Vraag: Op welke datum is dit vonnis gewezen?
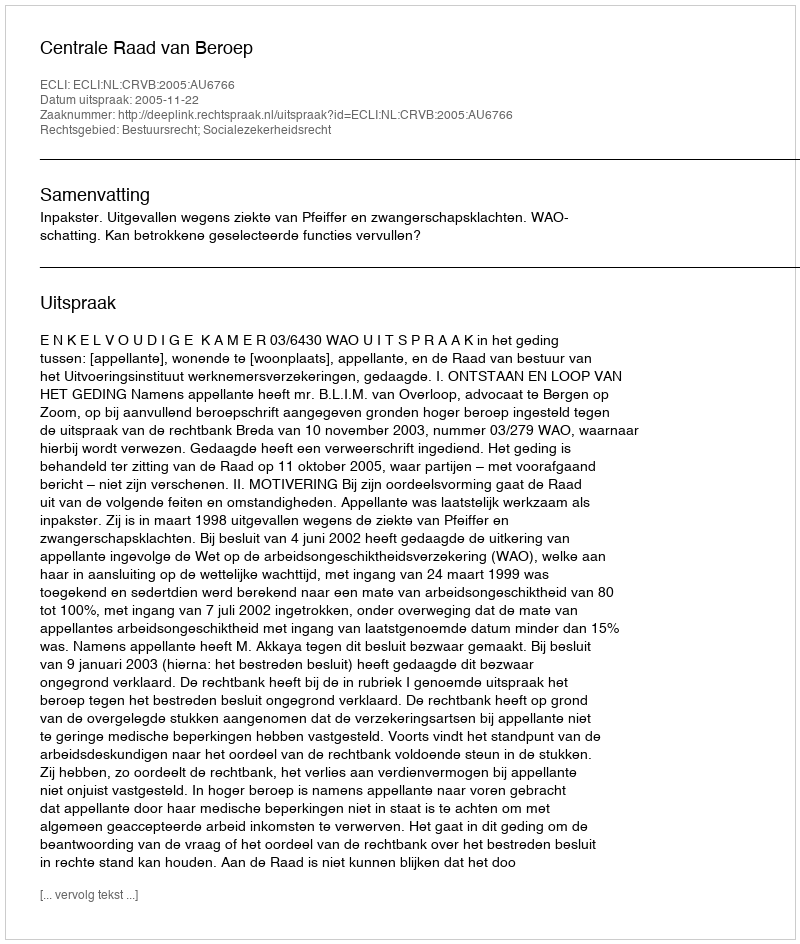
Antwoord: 2005-11-22